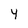
Character: 4